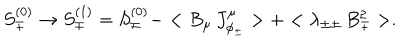
S _ { \mp } ^ { ( 0 ) } \rightarrow S _ { \mp } ^ { ( 1 ) } = S _ { \mp } ^ { ( 0 ) } - < B _ { \mu } \, J _ { \phi _ { \pm } } ^ { \mu } > + < \lambda _ { \pm \pm } \, B _ { \mp } ^ { 2 } > .